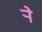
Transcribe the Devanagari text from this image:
र्‍ाे